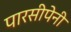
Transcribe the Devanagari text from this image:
पारसीपेनी